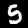
Label: 5